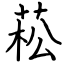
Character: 菘